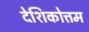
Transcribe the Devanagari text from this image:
देशिकोत्तम